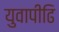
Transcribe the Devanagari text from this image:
युवापीढि